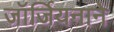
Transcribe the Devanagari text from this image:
जॉर्जियनाने